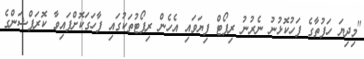
"މިދިޔަ ހަފުތާގެ ފަހުކޮޅުނު ނެރުނު ރިޕޯޓް ފިޔަވައި އެހެން ރިޕޯޓުތަކުގައި ފާހަގަކޮށްފައިވާ ކޮރަޕްޝަންގެ